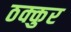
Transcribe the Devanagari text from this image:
ठक्कुर